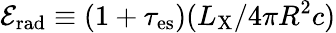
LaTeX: \mathcal{E}_{\mathrm{rad}}\equiv(1+\tau_{\mathrm{es}})(L_{\mathrm{X}}/4\pi R^{2}c)